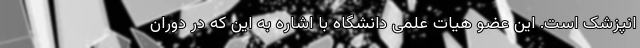
انپزشک است. این عضو هیات علمی دانشگاه با اشاره به این که در دوران